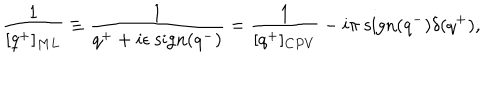
LaTeX: { \frac { 1 } { [ q ^ { + } ] _ { M L } } } \equiv { \frac { 1 } { q ^ { + } + i \epsilon \ \mathrm { s i g n } ( q ^ { - } ) } } = { \frac { 1 } { [ q ^ { + } ] _ { C P V } } } - i \pi \ \mathrm { s i g n } ( q ^ { - } ) \delta ( q ^ { + } ) ,